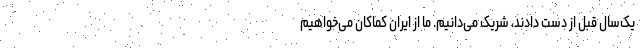
یک‌سال قبل از دست دادند، شریک می‌دانیم. ما از ایران کماکان می‌خواهیم